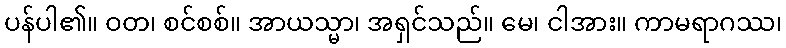
ပန်ပါ၏။ ဝတ၊ စင်စစ်။ အာယသ္မာ၊ အရှင်သည်။ မေ၊ ငါအား။ ကာမရာဂဿ၊